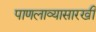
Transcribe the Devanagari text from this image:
पाणलाव्यासारखी